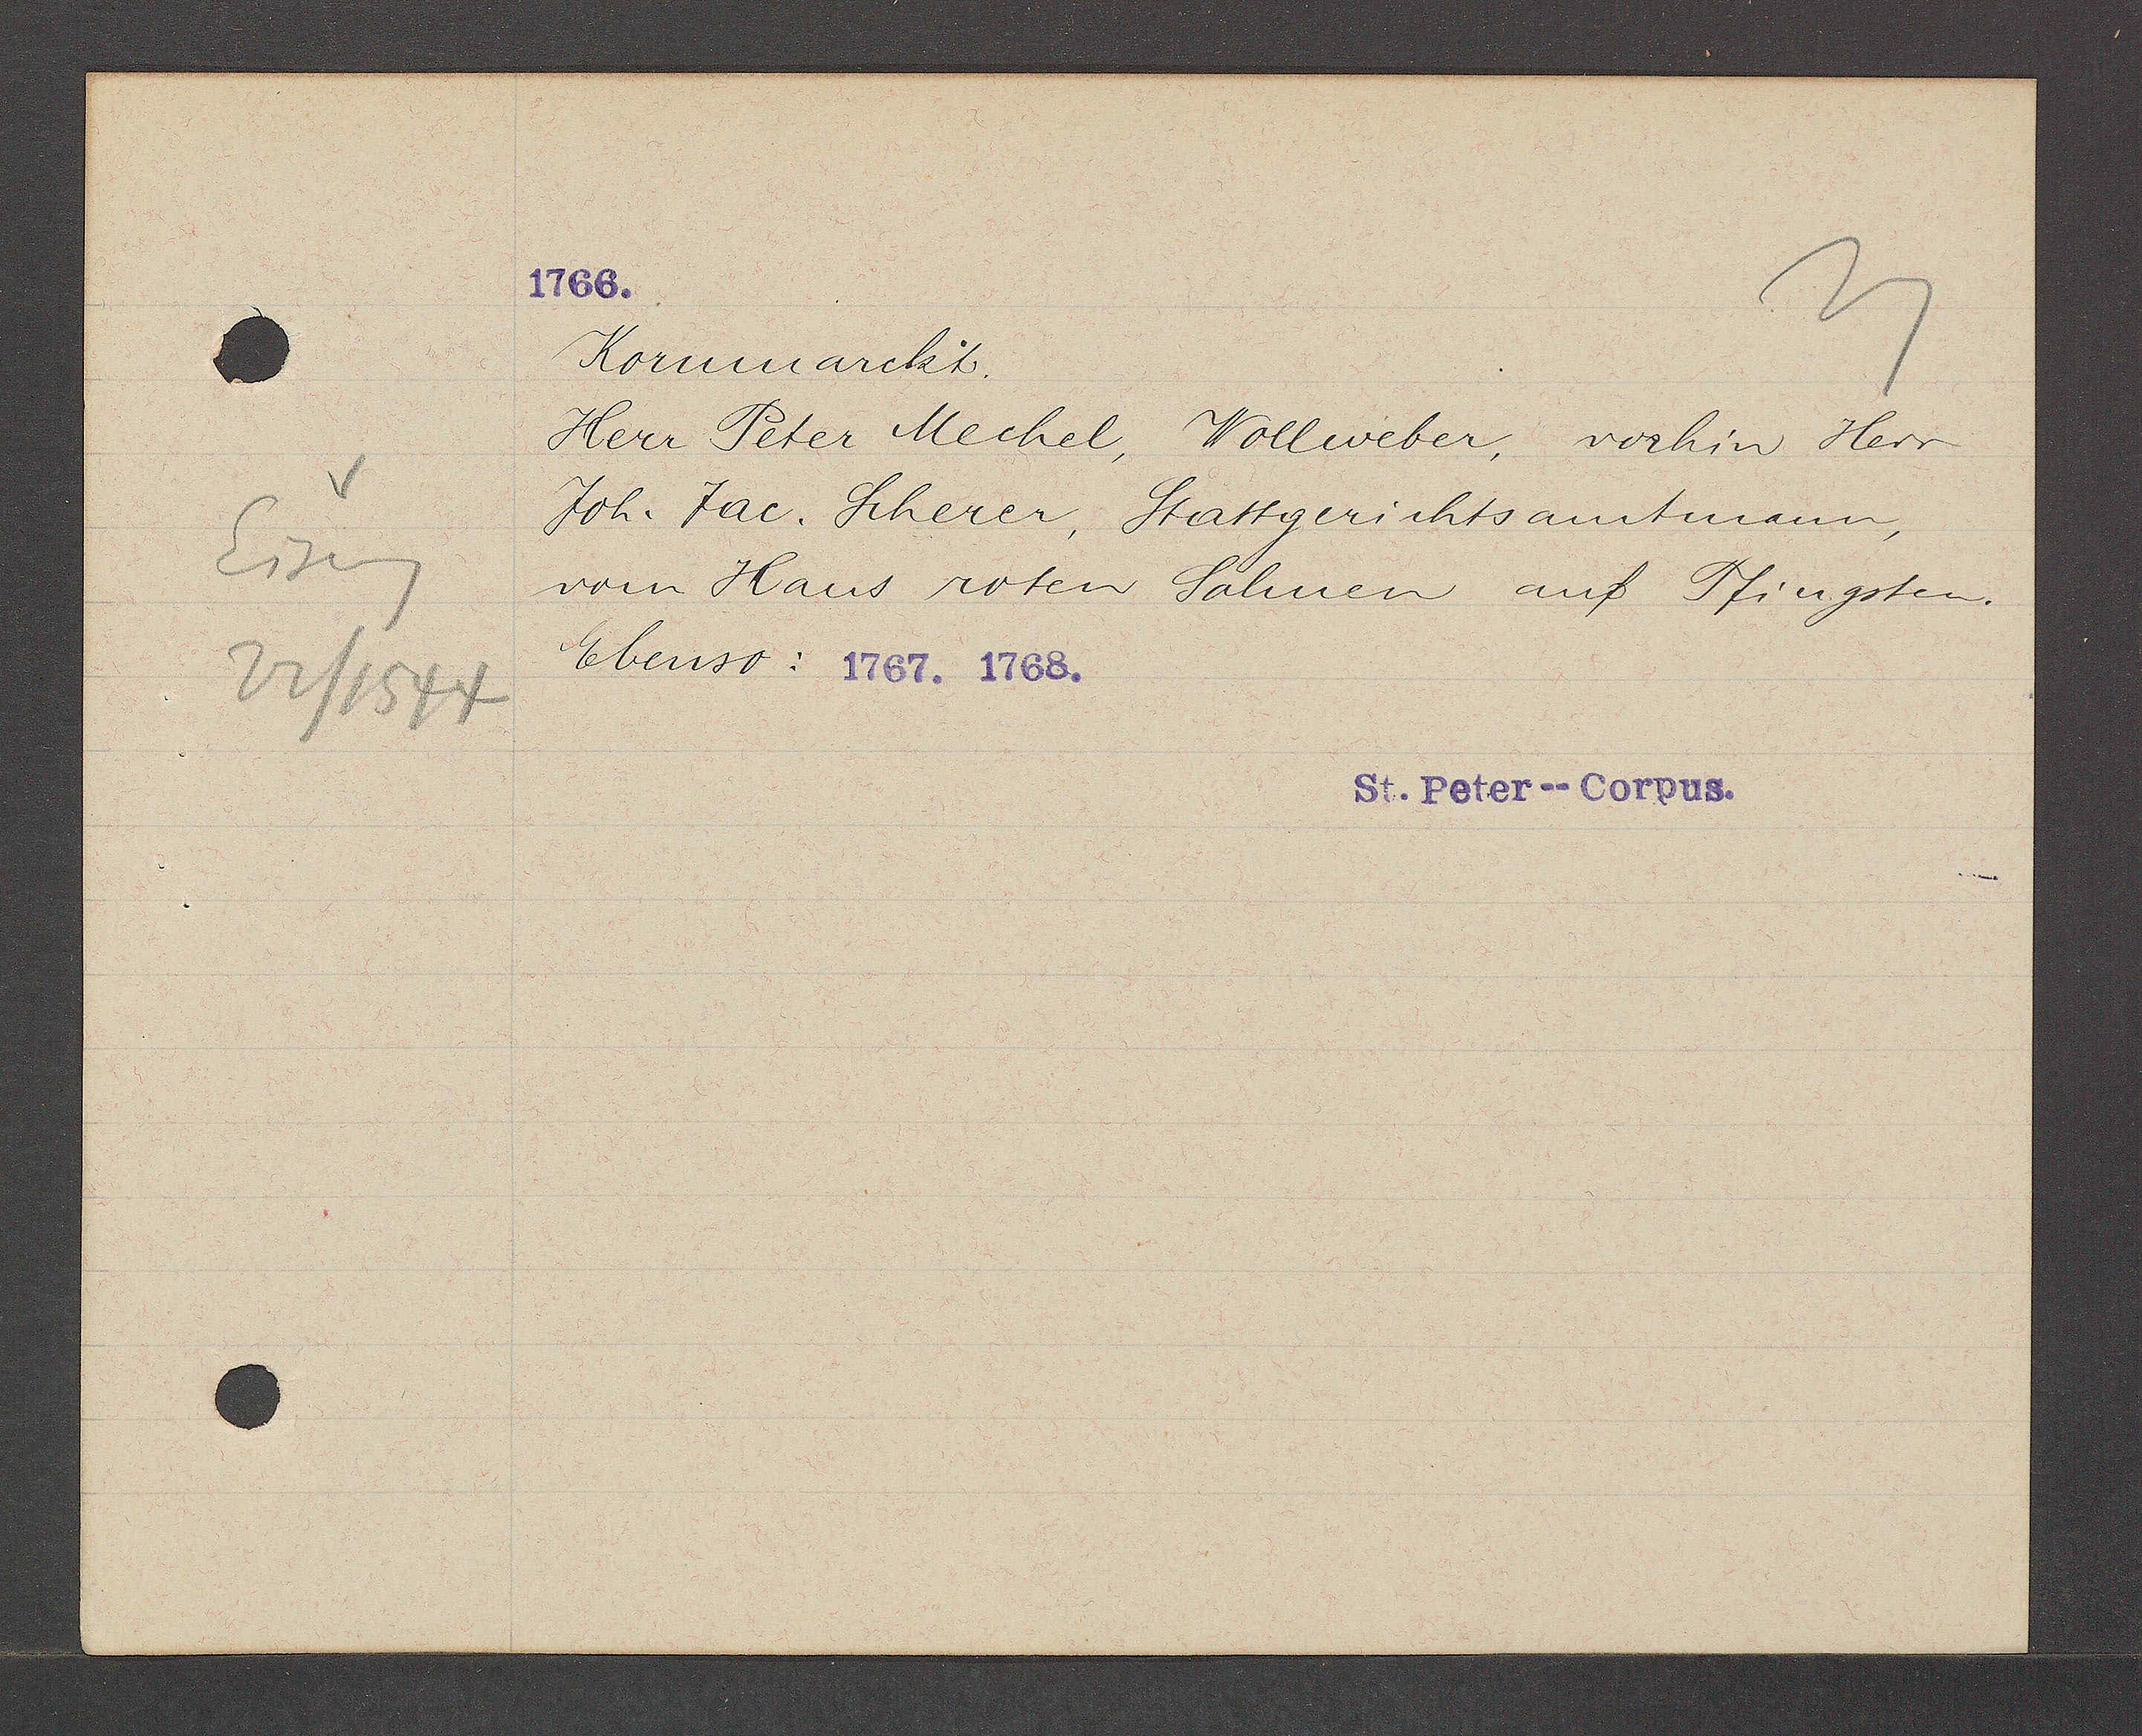
Transcript:
Eiseng
22/1544

Kornmarckt.
Herr Peter Mechel, Wollweber, vorhin Herr
Joh. Jac. Scherer, Stattgerichtsamtmann,
vom Haus roten Salmen auf Pfingsten.
Ebenso: